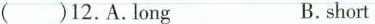
( )12.A.Long B.short